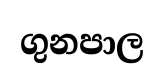
ගුනපාල